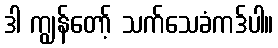
ဒါ ကျွန်တော့် သက်သေခံကဒ်ပါ။